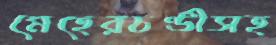
মেহেরচণ্ডীসহ